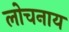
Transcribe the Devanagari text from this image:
लोचनाय